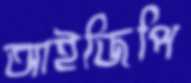
আইজিপি